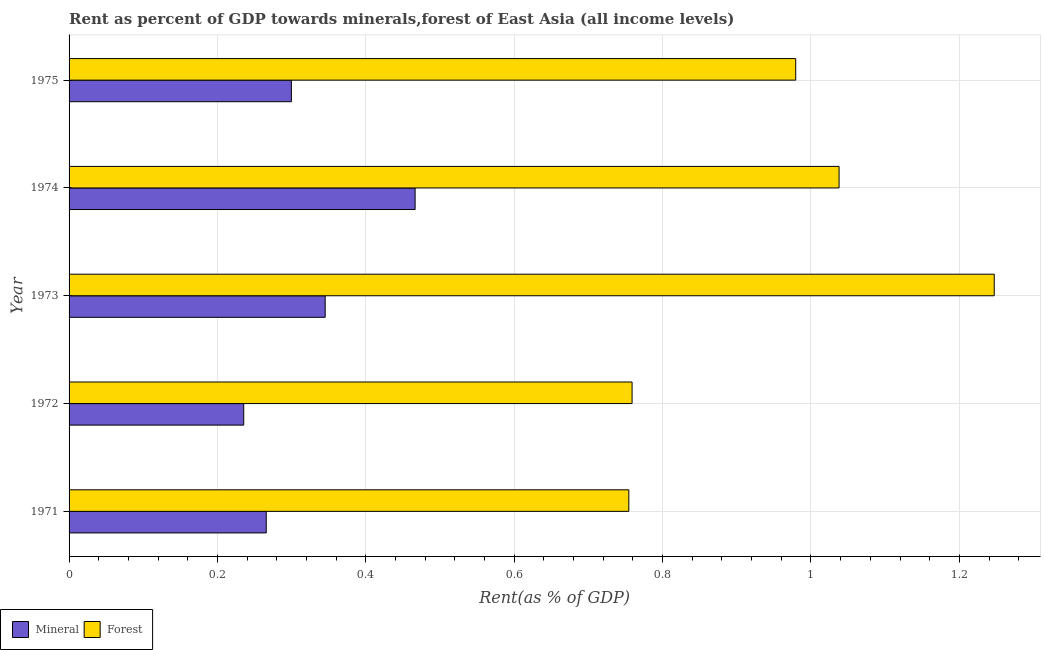
| Year | Mineral | Forest |
 | --- | --- | --- |
 | 1971 | 0.266 | 0.754 |
 | 1972 | 0.235 | 0.759 |
 | 1973 | 0.345 | 1.25 |
 | 1974 | 0.466 | 1.04 |
 | 1975 | 0.3 | 0.979 |